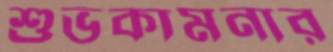
শুভকামনার